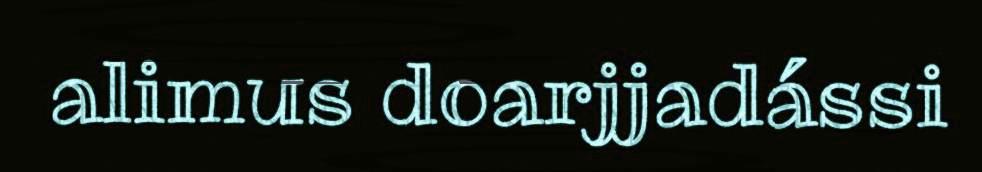
alimus doarjjadássi